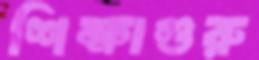
শিক্ষাগুরু